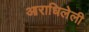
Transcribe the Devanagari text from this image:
आराधिलेली